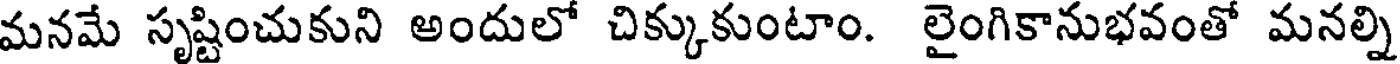
మనమే సృష్టించుకుని అందులో చిక్కుకుంటాం. లైంగికానుభవంతో మనల్ని